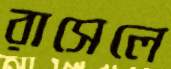
রাসেলে